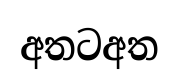
අතටඅත